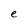
Character: e